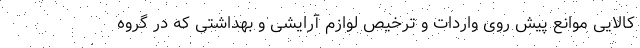
کالایی موانع پیش روی واردات و ترخیص لوازم آرایشی و بهداشتی که در گروه